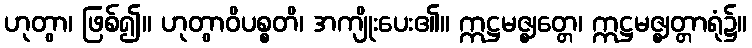
ဟုတွာ၊ ဖြစ်၍။ ဟုတွာဝိပစ္စတိ၊ အကျိုးပေး၏။ ဣဋ္ဌမဇ္ဈတ္တေ၊ ဣဋ္ဌမဇ္ဈတ္တာရုံ၌။